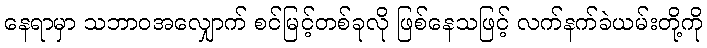
နေရာမှာ သဘာဝအလျှောက် စင်မြင့်တစ်ခုလို ဖြစ်နေသဖြင့် လက်နက်ခဲယမ်းတို့ကို